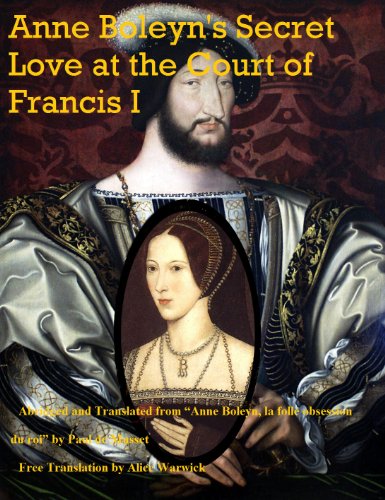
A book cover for Anne Boleyn's Secret Love at the Court of Francis I; Paul de Musset; Teen & Young Adult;